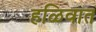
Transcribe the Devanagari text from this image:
हळिवात